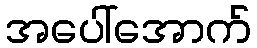
အပေါ်အောက်